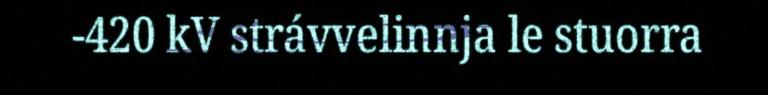
-420 kV strávvelinnja le stuorra